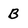
Character: b